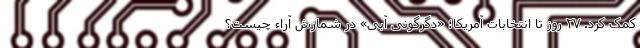
کمک کرد. ۲۷ روز تا انتخابات آمریکا؛ «دگرگونی آبی» در شمارش آراء‌ چیست؟